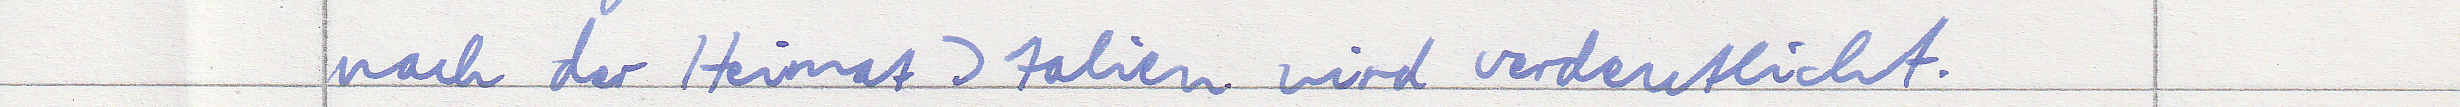
nach der Heimat Italien wird verdeutlicht.